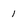
Character: 1